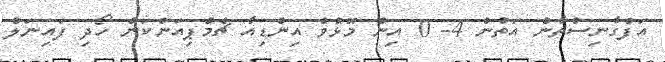
އަފްގާނިސްތާން އަތުން 4- 0 އިން މޮޅުވެ އިންޑިއާ ޗެމްޕިއަންކަން ހޯދި ފައިނަލް